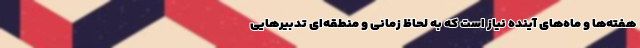
هفته‌ها و ماه‌های آینده نیاز است که به لحاظ زمانی و منطقه‌ای تدبیرهایی